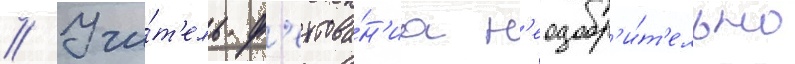
// Учи́т'ель ф'ехтова́н'иа н'еодобр'и́т'ельно